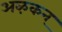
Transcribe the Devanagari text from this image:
अऴकन्